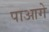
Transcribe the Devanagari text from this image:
पाआगे